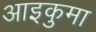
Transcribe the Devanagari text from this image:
आइकुमा